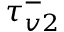
\tau _ { v 2 } ^ { - }